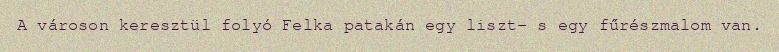
A városon keresztül folyó Felka patakán egy liszt- s egy fűrészmalom van.